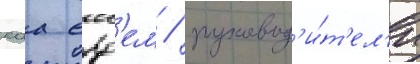
каа ерд'ем / руковод'и́т'ел'и